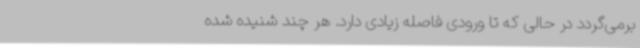
برمی‌گردد در حالی که تا ورودی فاصله زیادی دارد.‌ هر چند شنیده شده